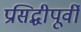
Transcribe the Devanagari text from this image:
प्रसिद्धीपूर्वी